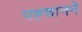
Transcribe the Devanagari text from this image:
पह्चानने